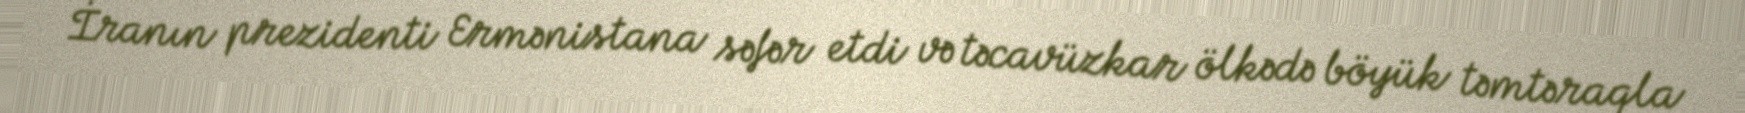
İranın prezidenti Ermənistana səfər etdi və təcavüzkar ölkədə böyük təmtəraqla